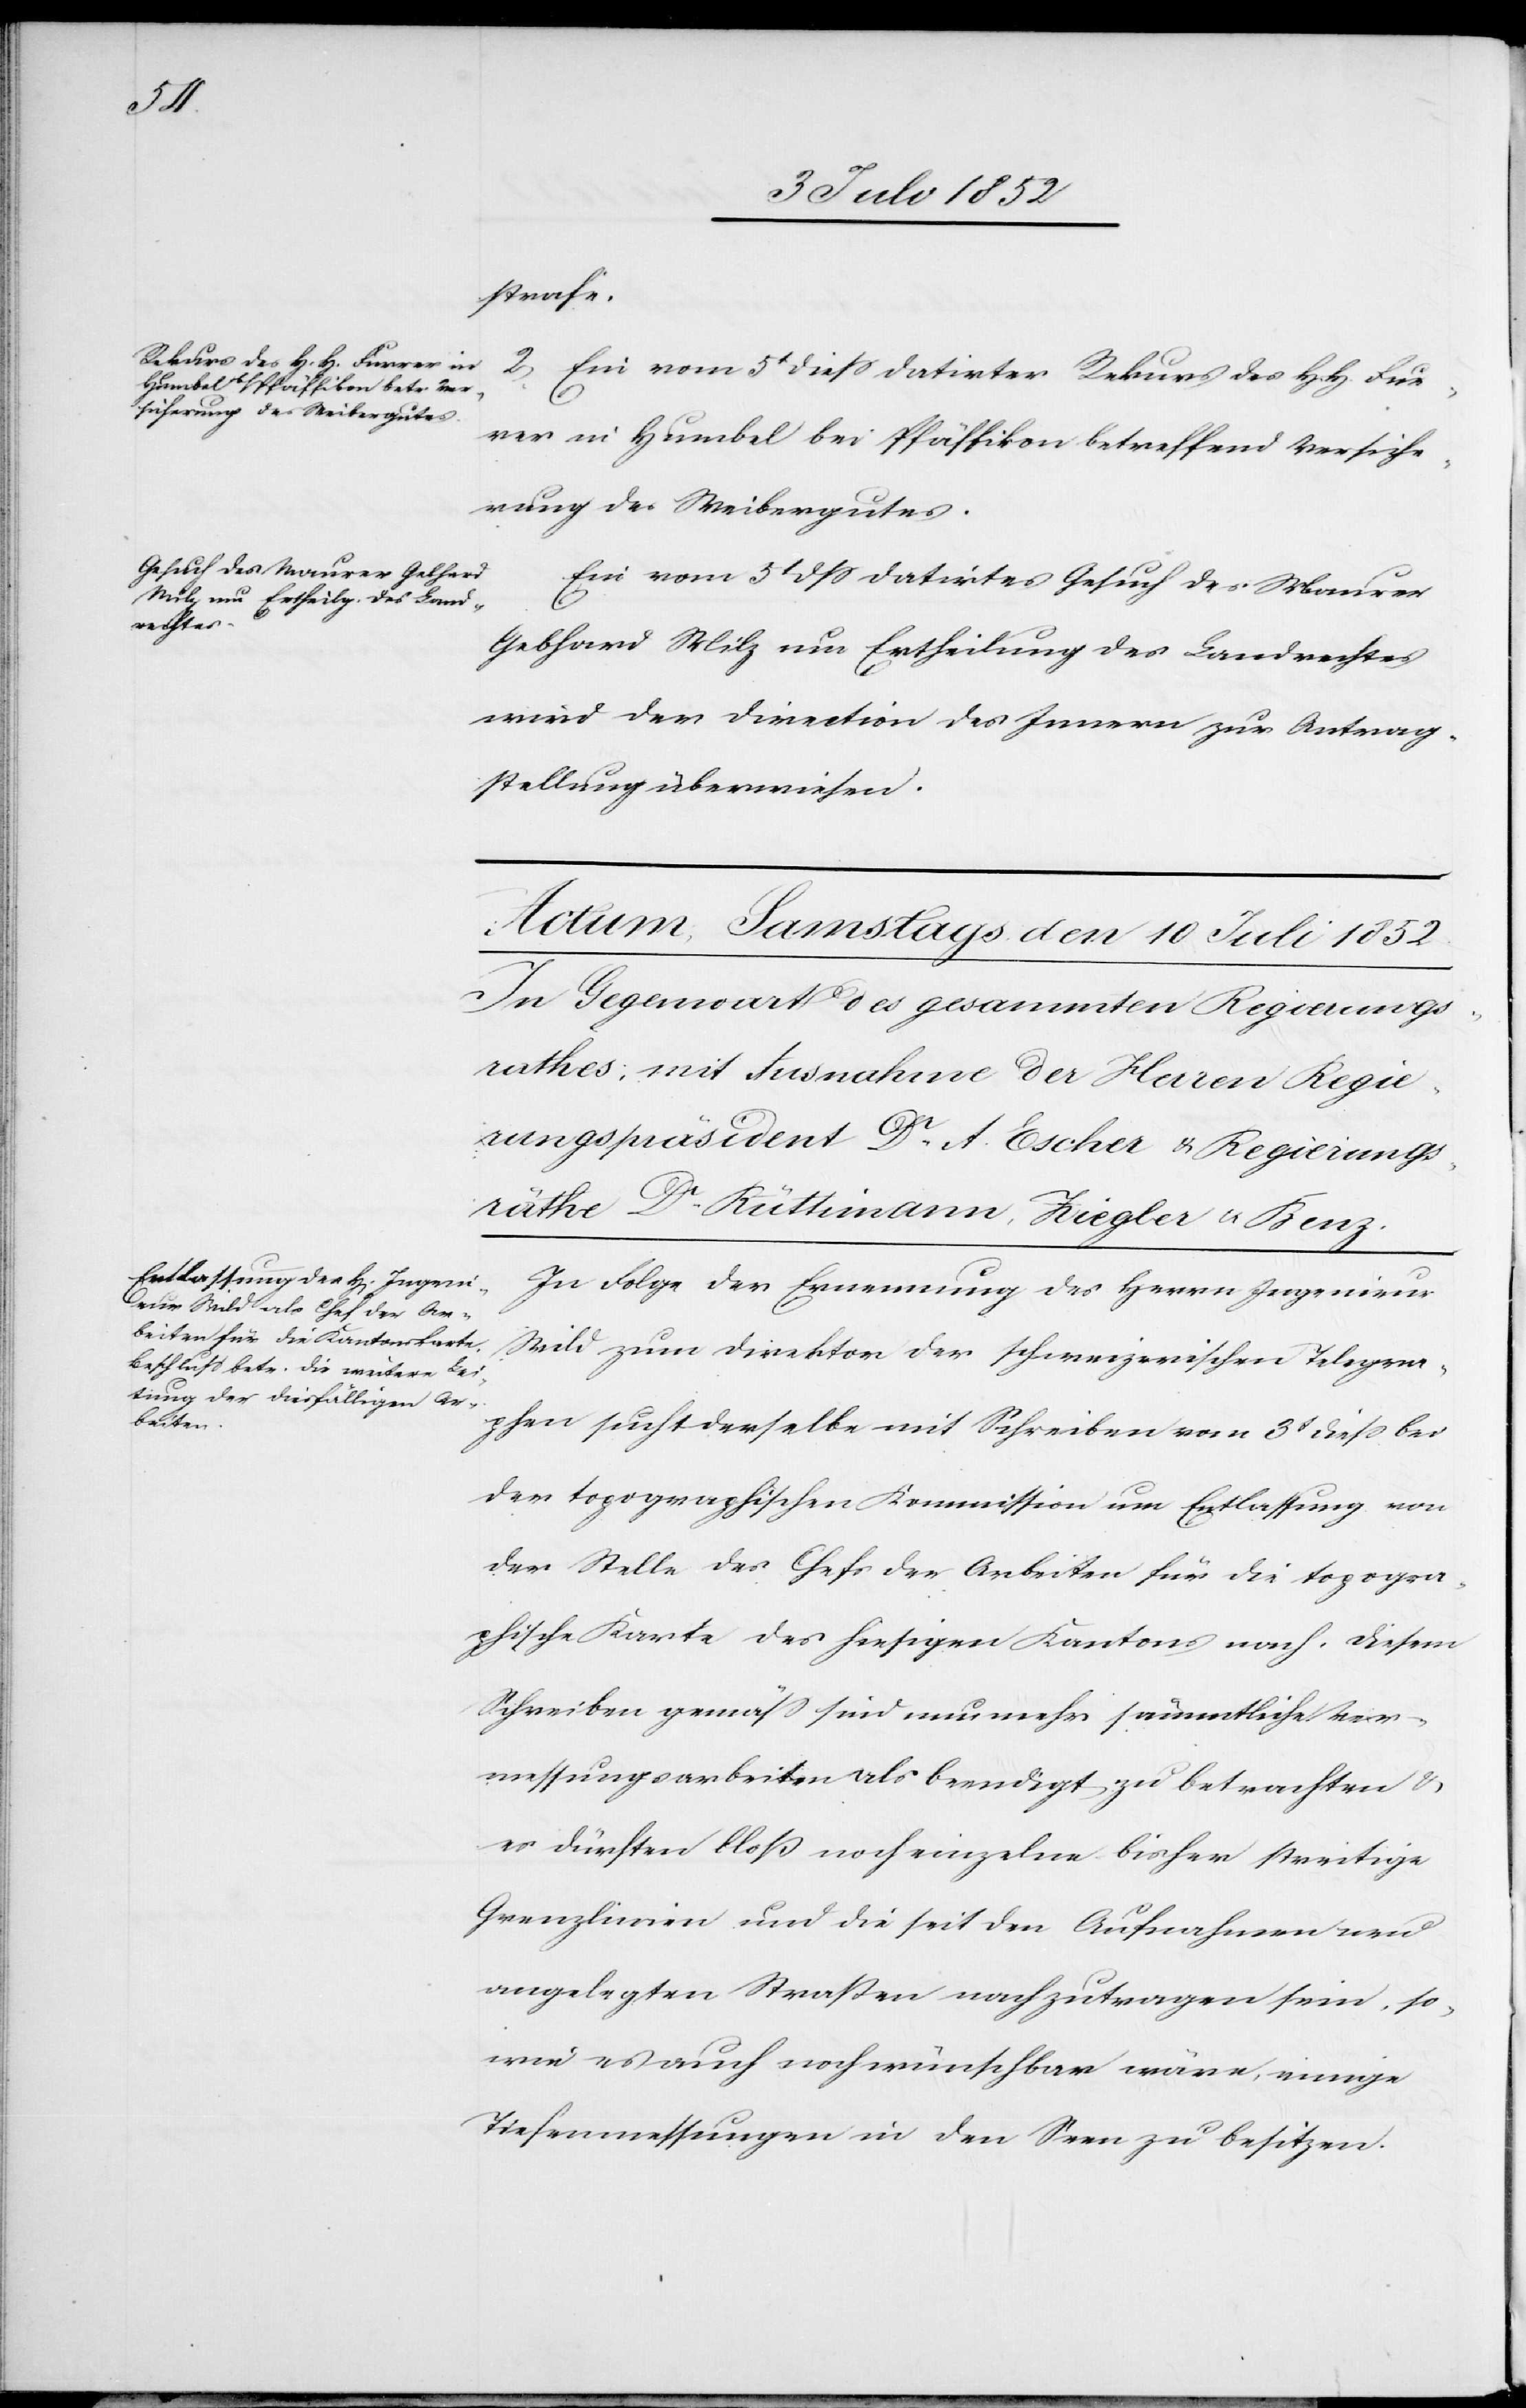
9 Juli 1852.]
strafe.
2, Ein vom 5t diess datirter Rekurs des H. H. Fur¬
rer in Humbel bei Pfäffikon betreffend Versiche¬
rung des Weibergutes.
Ein vom 5t dss datirtes Gesuch des Maurer
Gebhard Milz um Ertheilung des Landrechtes
wird der Direction des Innern zur Antrag¬
stellung überwiesen.
In Folge der Ernennung des Herrn Ingenieur
Wild zum Direktor der schweizerischen Telegra¬
phen sucht derselbe mit Schreiben vom 3t diess bei
der topographischen Kommission um Entlassung von
der Stelle des Chefs der Arbeiten für die topogra¬
phische Karte des hiesigen Kantons nach. Diesem
Schreiben gemäss sind nunmehr sämmtliche Ver¬
messungsarbeiten als beendigt zu betrachten &
es dürften bloß noch einzelne bisher streitige
Grenzlinien und die seit den Aufnahmen neu
angelegten Straßen nachzutragen sein, so¬
wie es auch noch wünschbar wäre, einige
Tiefenmessungen in den Seen zu besitzen.